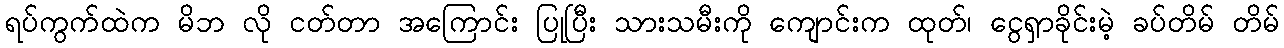
ရပ်ကွက်ထဲက မိဘ လို ငတ်တာ အကြောင်း ပြုပြီး သားသမီးကို ကျောင်းက ထုတ်၊ ငွေရှာခိုင်းမဲ့ ခပ်တိမ် တိမ်